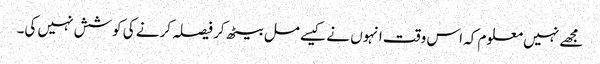
مجھے نہیں معلوم کہ اس وقت انہوں نے کیسے مل بیٹھ کر فیصلہ کرنے کی کوشش نہیں کی۔